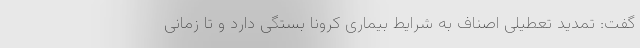
گفت: تمدید تعطیلی اصناف به شرایط بیماری کرونا بستگی دارد و تا زمانی